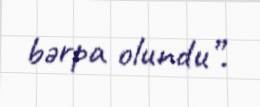
bərpa olundu”.